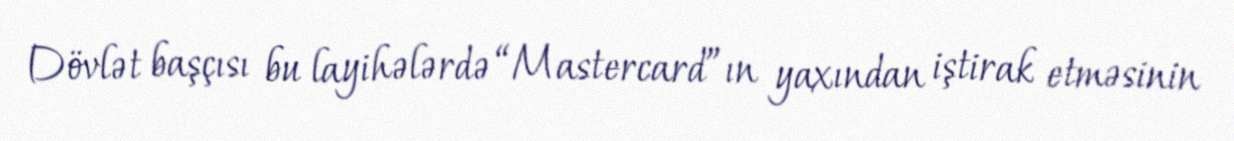
Dövlət başçısı bu layihələrdə “Mastercard”ın yaxından iştirak etməsinin